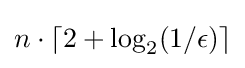
n\cdot \lceil 2+\log _{2}(1/\epsilon )\rceil